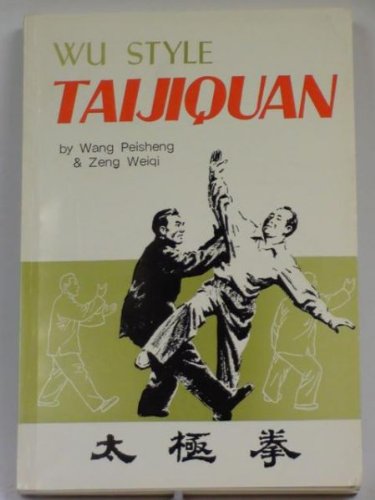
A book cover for Wu Style Taijiquan; Peisheng Wang; Health, Fitness & Dieting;